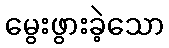
မွေးဖွားခဲ့သော